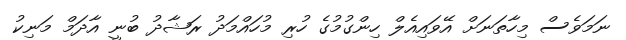
ނަމަވެސް މިހާތަނަށް އޭވައިއެލް ހިންގުމުގެ ހުރި މުހައްމަދު ރަޝާދު ބުނީ އާދަމް މަނިކު